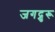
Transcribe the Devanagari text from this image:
जगद्रुरू